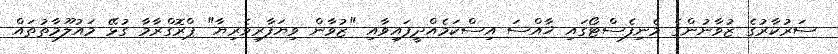
ސަރުކާރުގެ ޒުވާނުންގެ މެނިފެސްޓޯގައި ޚާއްސަ އިސްކަމެއްދީފައިވާއި "ޒުވާން ވިޔަފާރިވެރިޔާ" ޕްރޮގްރާމާ ގުޅޭ މައުލޫމާތުތައް